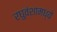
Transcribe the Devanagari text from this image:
रघुवंशामध्ये